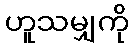
ဟူသမျှကို